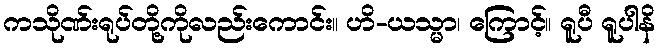
ကသိုဏ်းရုပ်တို့ကိုလည်းကောင်း။ ဟိ-ယသ္မာ၊ ကြောင့်။ ရူပီ ရူပါနိ